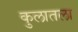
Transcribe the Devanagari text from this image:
कुलातला